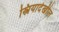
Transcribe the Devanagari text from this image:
स्त्रियादेखील